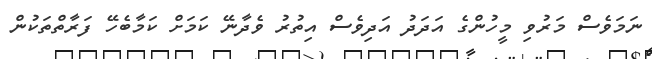
ނަމަވެސް މަރުވި މީހުންގެ އަދަދު އަދިވެސް އިތުރު ވެދާނޭ ކަމަށް ކަމާބެހޭ ފަރާތްތަކުން